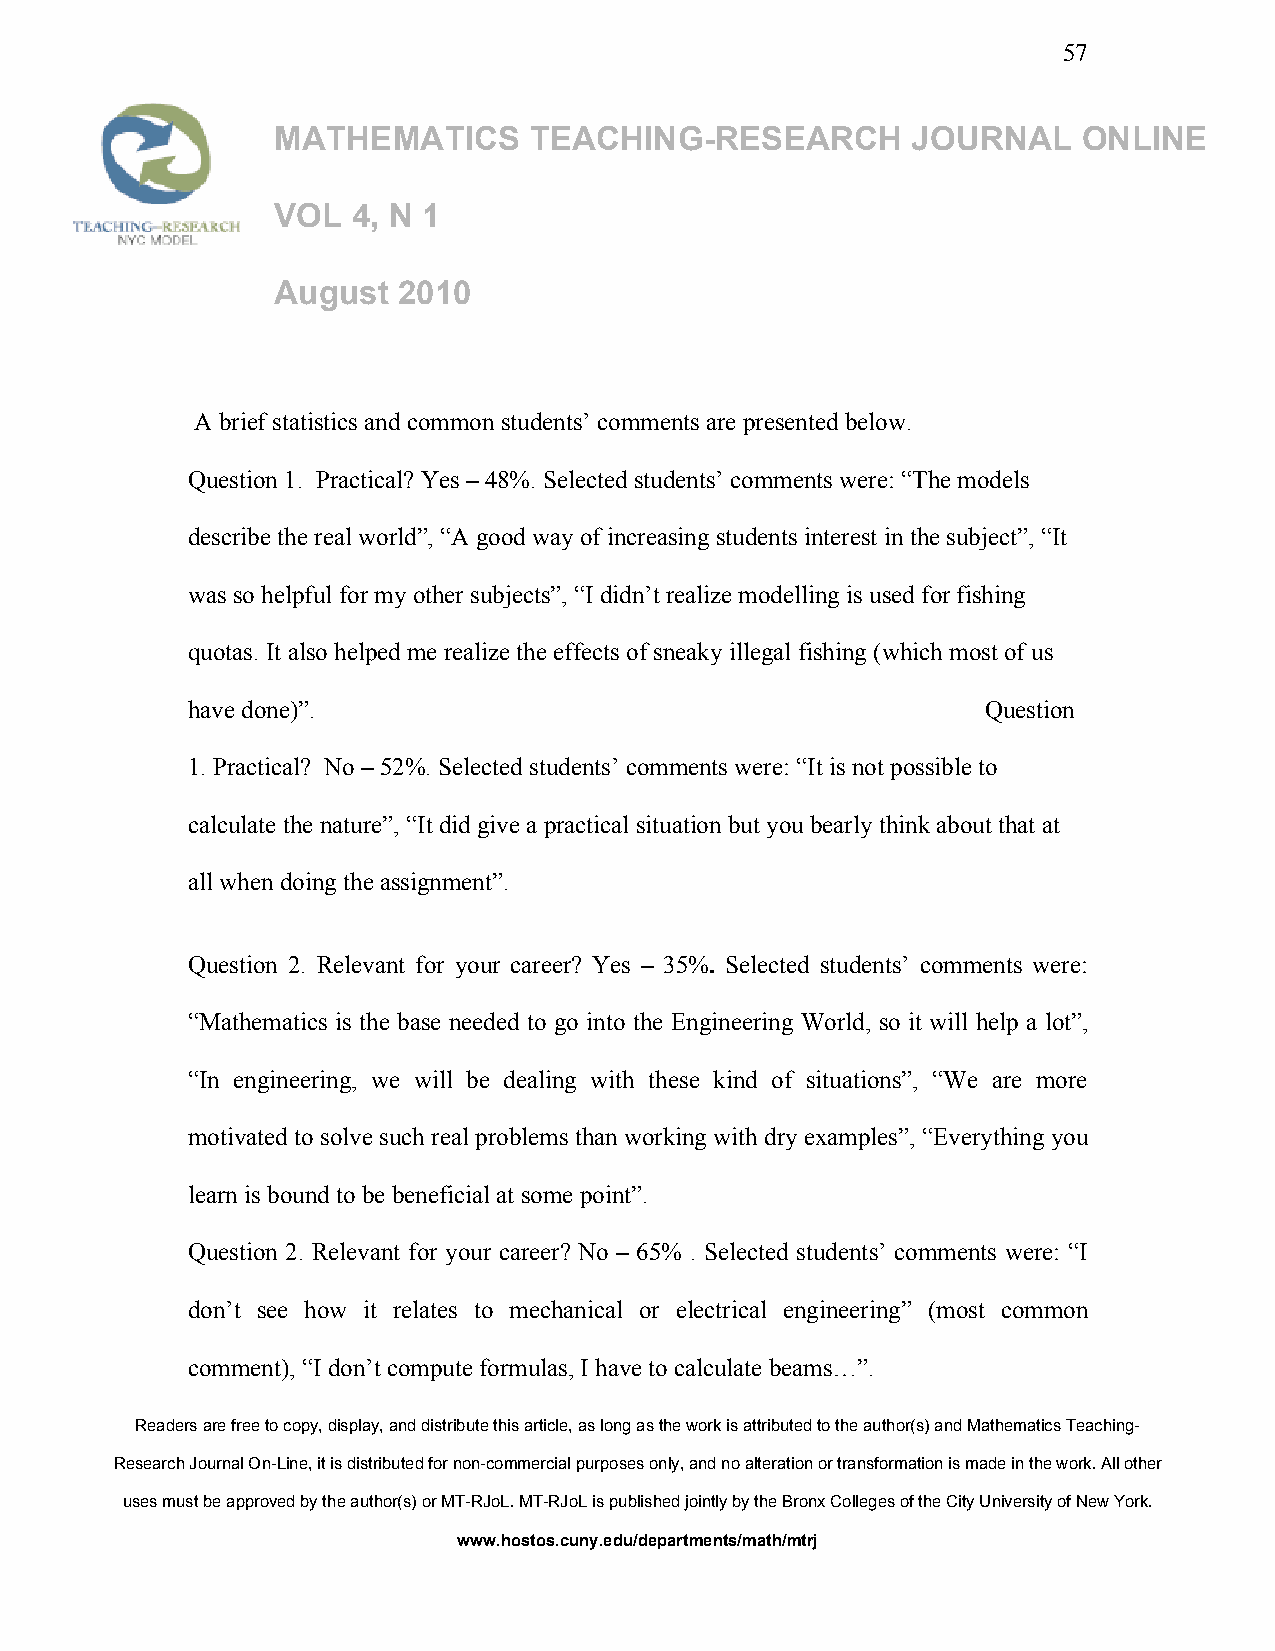
57
 MATHEMATICS      TEACHING-RESEARCH        JOURNAL     ONLINE
 VOL  4, N 1
 August  2010
 A brief statistics and common students’ comments are presented below.
 Question 1. Practical? Yes – 48%. Selected students’ comments were: “The models
 describe the real world”, “A good way of increasing students interest in the subject”, “It
 was so helpful for my other subjects”, “I didn’t realize modelling is used for fishing
 quotas. It also helped me realize the effects of sneaky illegal fishing (which most of us
 have done)”.                                         Question
 1. Practical? No – 52%. Selected students’ comments were: “It is not possible to
 calculate the nature”, “It did give a practical situation but you bearly think about that at
 all when doing the assignment”.
 Question 2. Relevant for your career? Yes – 35%. Selected students’ comments were:
 “Mathematics is the base needed to go into the Engineering World, so it will help a lot”,
 “In engineering, we will be dealing with these kind of situations”, “We are more
 motivated to solve such real problems than working with dry examples”, “Everything you
 learn is bound to be beneficial at some point”.
 Question 2. Relevant for your career? No – 65% . Selected students’ comments were: “I
 don’t see how it relates to mechanical or electrical engineering” (most common
 comment), “I don’t compute formulas, I have to calculate beams…”.
 Readers are free to copy, display, and distribute this article, as long as the work is attributed to the author(s) and Mathematics Teaching-
 Research Journal On-Line, it is distributed for non-commercial purposes only, and no alteration or transformation is made in the work. All other
 uses must be approved by the author(s) or MT-RJoL. MT-RJoL is published jointly by the Bronx Colleges of the City University of New York.
 www.hostos.cuny.edu/departments/math/mtrj